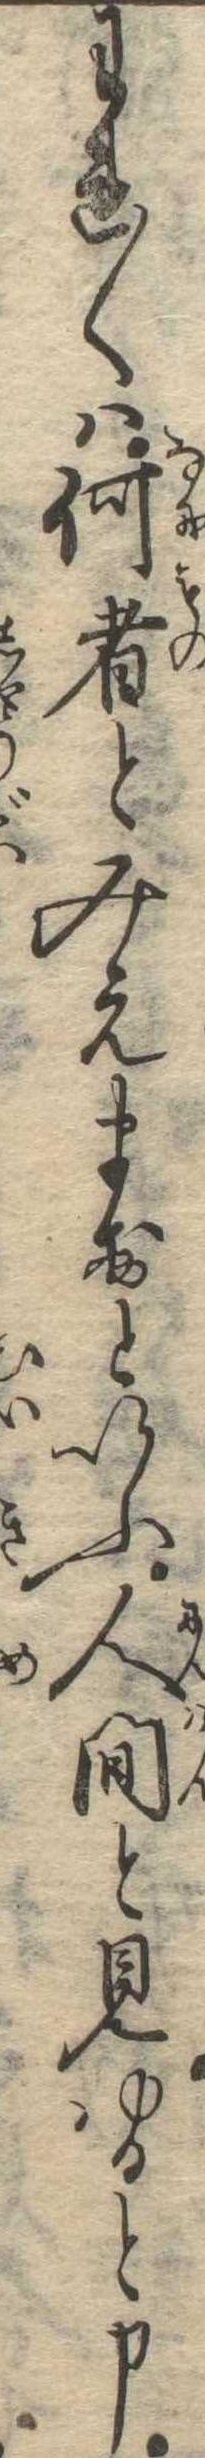
われ〱は何者とみえますといふ人間と見ゆると申